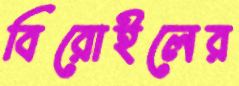
বিরোইলের